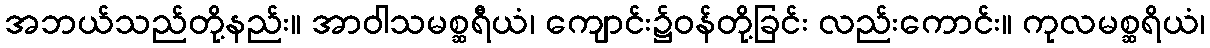
အဘယ်သည်တို့နည်း။ အာဝါသမစ္ဆရီယံ၊ ကျောင်း၌ဝန်တို့ခြင်း လည်းကောင်း။ ကုလမစ္ဆရိယံ၊